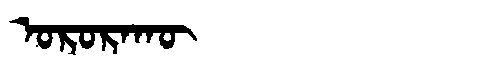
Manchu: ᠣᡵᠣᡵᠠᡴᡡ
Romanization: ORORAKŪ